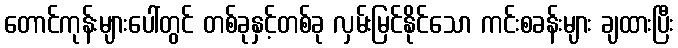
တောင်ကုန်းများပေါ်တွင် တစ်ခုနှင့်တစ်ခု လှမ်းမြင်နိုင်သော ကင်းစခန်းများ ချထားပြီး